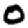
Digit: 0